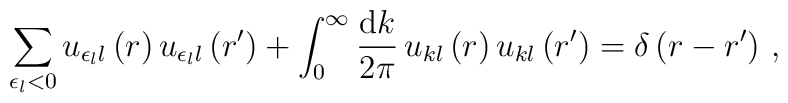
\sum_{\epsilon_l<0}u_{\epsilon_ll}\left(r\right)u_{\epsilon_ll}\left(r'\right)+\int_0^\infty\frac{{\rm d}k}{2\pi}\,u_{kl}\left(r\right)u_{kl}\left(r'\right)=\delta\left(r-r'\right)\,,